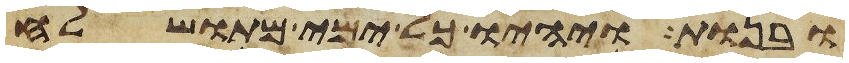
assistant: ובנות ויהיו כל ימי מתושלח